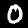
Digit: 0